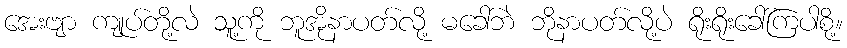
အေးဗျာ ကျုပ်တို့လဲ သူ့ကို ဘူအိုနာပတ်လို့ မခေါ်ဘဲ ဘိုနာပတ်လို့ပဲ ရိုးရိုးခေါ်ကြပါစို့။